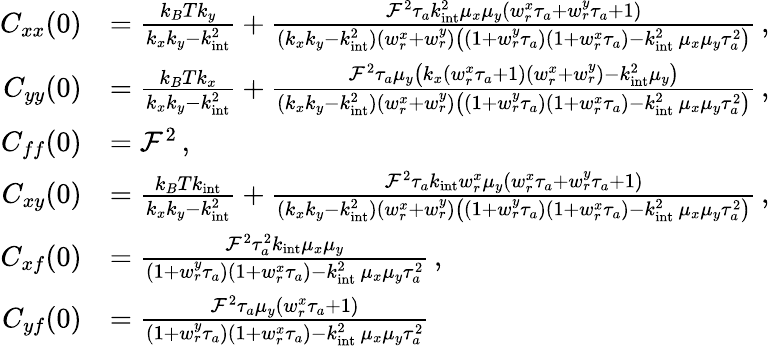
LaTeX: \begin{array}{rl}{C_{xx}(0)}&{=\frac{k_{B}Tk_{y}}{k_{x}k_{y}-k_{\mathrm{int}}^{2}}+\frac{\mathcal{F}^{2}\tau_{a}k_{\mathrm{int}}^{2}\mu_{x}\mu_{y}(w_{r}^{x}\tau_{a}+w_{r}^{y}\tau_{a}+1)}{(k_{x}k_{y}-k_{\mathrm{int}}^{2})(w_{r}^{x}+w_{r}^{y})\left((1+w_{r}^{y}\tau_{a})(1+w_{r}^{x}\tau_{a})-k_{\mathrm{int}}^{2}\, \mu_{x}\mu_{y}\tau_{a}^{2}\right)}\, ,}\\ {C_{yy}(0)}&{=\frac{k_{B}Tk_{x}}{k_{x}k_{y}-k_{\mathrm{int}}^{2}}+\frac{\mathcal{F}^{2}\tau_{a}\mu_{y}\left(k_{x}(w_{r}^{x}\tau_{a}+1)(w_{r}^{x}+w_{r}^{y})-k_{\mathrm{int}}^{2}\mu_{y}\right)}{(k_{x}k_{y}-k_{\mathrm{int}}^{2})(w_{r}^{x}+w_{r}^{y})\left((1+w_{r}^{y}\tau_{a})(1+w_{r}^{x}\tau_{a})-k_{\mathrm{int}}^{2}\, \mu_{x}\mu_{y}\tau_{a}^{2}\right)}\, ,}\\ {C_{ff}(0)}&{=\mathcal{F}^{2}\, ,}\\ {C_{xy}(0)}&{=\frac{k_{B}Tk_{\mathrm{int}}}{k_{x}k_{y}-k_{\mathrm{int}}^{2}}+\frac{\mathcal{F}^{2}\tau_{a}k_{\mathrm{int}}w_{r}^{x}\mu_{y}(w_{r}^{x}\tau_{a}+w_{r}^{y}\tau_{a}+1)}{(k_{x}k_{y}-k_{\mathrm{int}}^{2})(w_{r}^{x}+w_{r}^{y})\left((1+w_{r}^{y}\tau_{a})(1+w_{r}^{x}\tau_{a})-k_{\mathrm{int}}^{2}\, \mu_{x}\mu_{y}\tau_{a}^{2}\right)}\, ,}\\ {C_{xf}(0)}&{=\frac{\mathcal{F}^{2}\tau_{a}^{2}k_{\mathrm{int}}\mu_{x}\mu_{y}}{(1+w_{r}^{y}\tau_{a})(1+w_{r}^{x}\tau_{a})-k_{\mathrm{int}}^{2}\, \mu_{x}\mu_{y}\tau_{a}^{2}}\, ,}\\ {C_{yf}(0)}&{=\frac{\mathcal{F}^{2}\tau_{a}\mu_{y}(w_{r}^{x}\tau_{a}+1)}{(1+w_{r}^{y}\tau_{a})(1+w_{r}^{x}\tau_{a})-k_{\mathrm{int}}^{2}\, \mu_{x}\mu_{y}\tau_{a}^{2}}\, }\end{array}